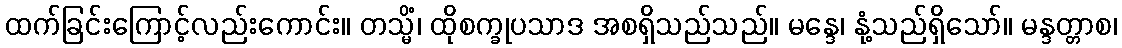
ထက်ခြင်းကြောင့်လည်းကောင်း။ တသ္မိံ၊ ထိုစက္ခုပသာဒ အစရှိသည်သည်။ မန္ဒေ၊ နုံ့သည်ရှိသော်။ မန္ဒတ္တာစ၊